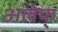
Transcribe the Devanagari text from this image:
अलेफ्